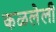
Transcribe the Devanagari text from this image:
कळलेली